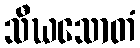
သီဃသောတံ